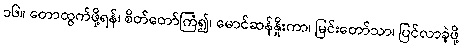
၁၆။ တောထွက်ဖို့ရန်၊ စိတ်တော်ကြံ၍၊ မောင်ဆန်နှိုးကာ၊ မြင်းတော်သာ၊ ပြင်လာခဲ့ဖို့